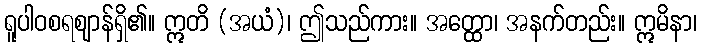
ရူပါဝစရဈာန်ရှိ၏။ ဣတိ (အယံ)၊ ဤသည်ကား။ အတ္ထော၊ အနက်တည်း။ ဣမိနာ၊